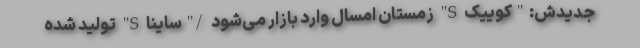
جدیدش:"کوییک S" زمستان امسال وارد بازار می‌شود /"ساینا S" تولید شده